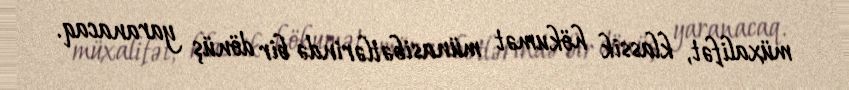
müxalifət, klassik hökumət münasibətlərində bir dönüş yaranacaq.